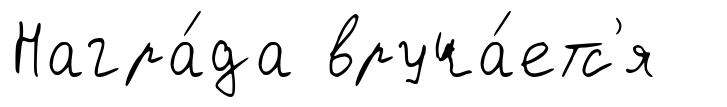
Награ́да вруча́етс'я